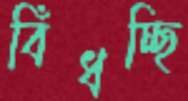
বিঁধচ্ছি